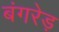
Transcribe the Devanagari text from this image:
बंगरेड़